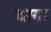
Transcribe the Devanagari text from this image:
दरगा